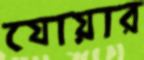
যোয়ার